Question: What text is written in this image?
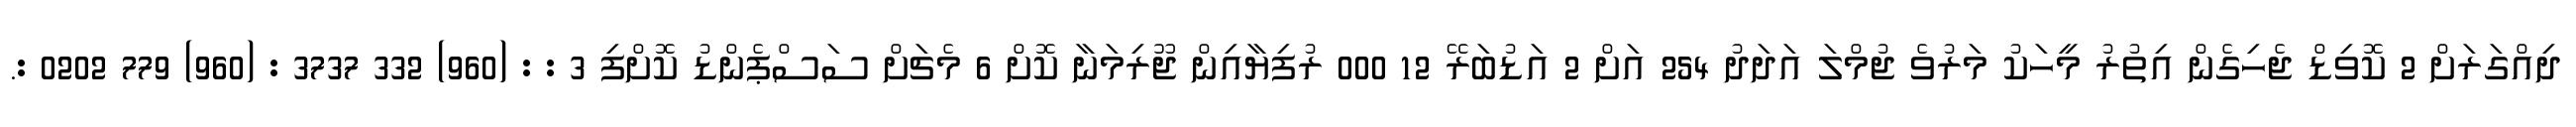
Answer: ދިއްގަރަށް 2 ކޮވިޑް ޖެހިގެން އިތުރު މީހަކު މަރުވެ ޖުމްލަ އަދަދު 254 އަށް 2 އަޑުބަރޭ 12 000 ރުފިޔާއިން ޖޫރިމަނާ ކޮށް 6 މެޗަށް ސަސްޕެންޑު ކޮށްފި 3 : : (960) 332 3737 : (960) 779 0202 :.